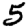
Digit: 5